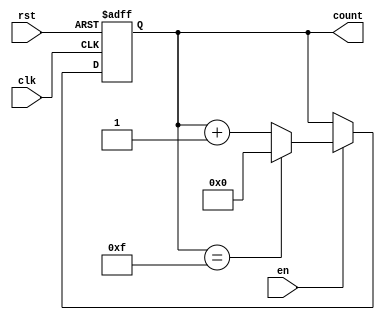
module memory_blocks_up_counter #(
    parameter INITIAL_VALUE = 0,
    parameter MAX_VALUE = 15
)(
    input wire clk,         // Clock signal
    input wire rst,         // Reset signal
    input wire en,          // Enable signal
    output reg [3:0] count  // 4-bit count output
);

    // Initial count value
    initial begin
        count = INITIAL_VALUE;
    end

    always @(posedge clk or posedge rst) begin
        if (rst) begin
            // Reset the count to the initial value
            count <= INITIAL_VALUE;
        end else if (en) begin
            // Increment the count
            if (count == MAX_VALUE) begin
                count <= INITIAL_VALUE; // Wrap around if maximum value is reached
            end else begin
                count <= count + 1;
            end
        end
    end

endmodule